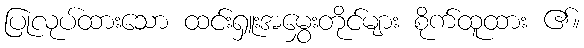
ပြုလုပ်ထားသော ထင်းရှူးအမွှေးတိုင်များ စိုက်ထူထား ၏။